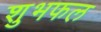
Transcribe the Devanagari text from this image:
शुभफल